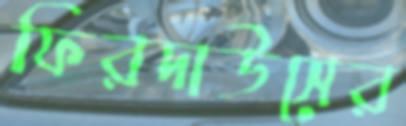
ফিরদাউসের